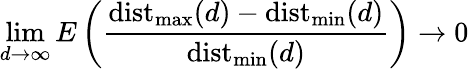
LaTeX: \operatorname*{lim}_{d\to\infty}E\left({\frac{\operatorname{dist}_{\operatorname*{max}}(d)-\operatorname{dist}_{\operatorname*{min}}(d)}{\operatorname{dist}_{\operatorname*{min}}(d)}}\right)\to 0